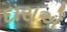
દારાએ